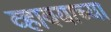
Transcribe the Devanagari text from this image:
व्हावयाच्या